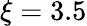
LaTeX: \xi=3.5